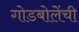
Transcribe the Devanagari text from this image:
गोडबोलेंची